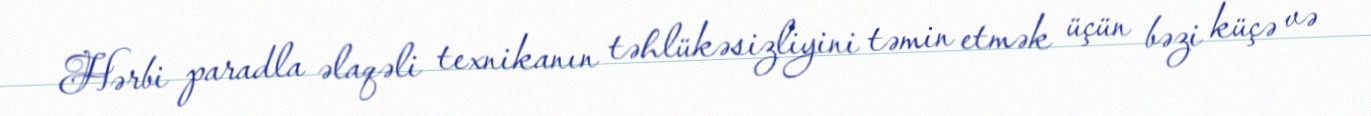
Hərbi paradla əlaqəli texnikanın təhlükəsizliyini təmin etmək üçün bəzi küçə və